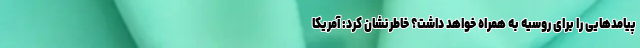
پیامدهایی را برای روسیه به همراه خواهد داشت؟ خاطرنشان کرد: آمریکا